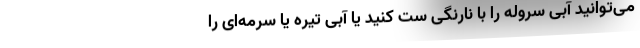
می‌توانید آبی سروله را با نارنگی ست کنید یا آبی تیره یا سرمه‌ای را